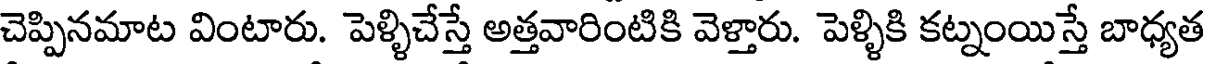
చెప్పినమాట వింటారు. పెళ్ళిచేస్తే అత్తవారింటికి వెళ్తారు. పెళ్ళికి కట్నంయిస్తే బాధ్యత